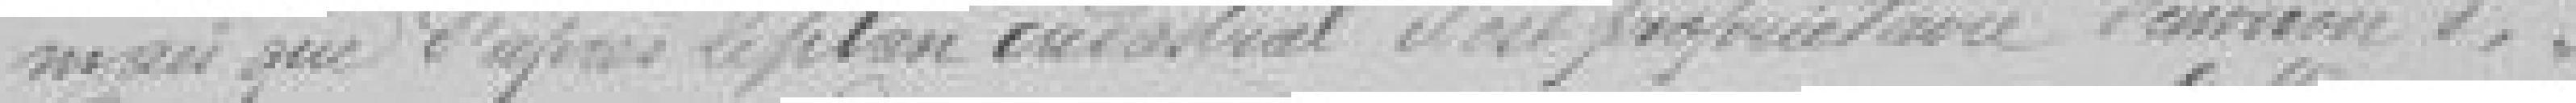
mais que d'après le plan cadastral il est propriétaire d'environ 3 mètres